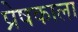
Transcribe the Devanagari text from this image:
प्रेषकाला